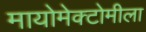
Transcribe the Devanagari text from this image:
मायोमेक्टोमीला